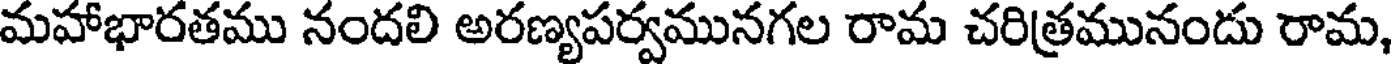
మహాభారతము నందలి అరణ్యపర్వమునగల రామ చరిత్రమునందు రామ,